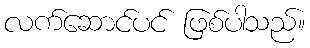
လက်ဆောင်ပင် ဖြစ်ပါသည်။